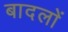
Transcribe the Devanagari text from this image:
बादलाें